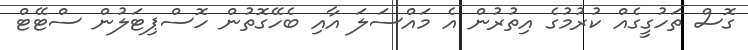
ގޮސް ތަހުގީގެއް ކުރުމުގެ އިތުރުން އެ މައްސަލަ އާއި ބެހޭގޮތުން ހޮސްޕިޓަލުން ސްޓޭޓް